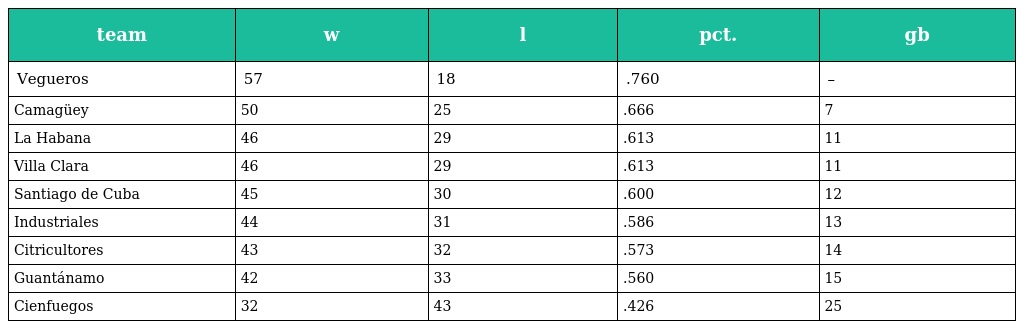
| team | w | l | pct. | gb |
 | --- | --- | --- | --- | --- |
 | Vegueros | 57 | 18 | .760 | – |
 | Camagüey | 50 | 25 | .666 | 7 |
 | La Habana | 46 | 29 | .613 | 11 |
 | Villa Clara | 46 | 29 | .613 | 11 |
 | Santiago de Cuba | 45 | 30 | .600 | 12 |
 | Industriales | 44 | 31 | .586 | 13 |
 | Citricultores | 43 | 32 | .573 | 14 |
 | Guantánamo | 42 | 33 | .560 | 15 |
 | Cienfuegos | 32 | 43 | .426 | 25 |